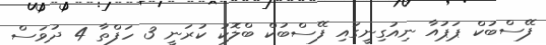
ފޭސްބުކް ޕަޕުއާ ނިއުގިނީގައި ފޭސްބުކް ބްލޮކު ކުރަނީ 3 ހަފްތާ 4 ދުވަސް